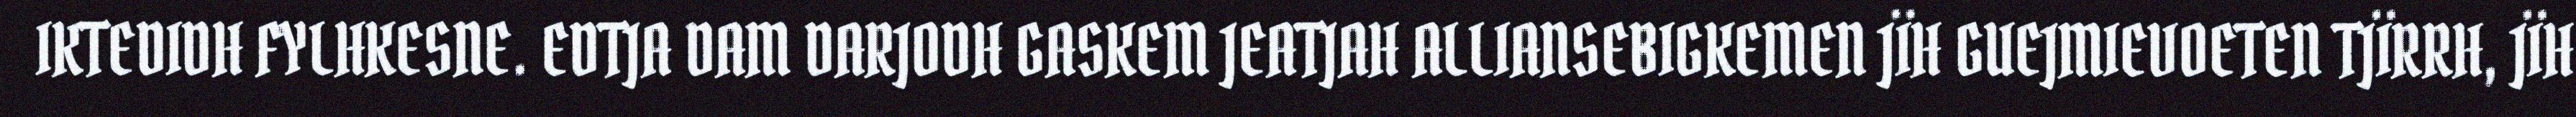
IKTEDIDH FYLHKESNE. EDTJA DAM DARJODH GASKEM JEATJAH ALLIANSEBIGKEMEN JÏH GUEJMIEVOETEN TJÏRRH, JÏH